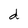
Character: d